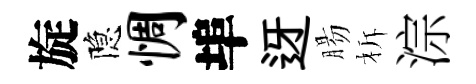
旋隐惆埠迓腸柝淙